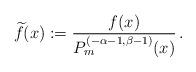
LaTeX: \begin{align*}\widetilde f(x) := \frac{f(x)}{P_m^{(-\alpha-1,\beta-1)}(x)}\,.\end{align*}